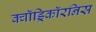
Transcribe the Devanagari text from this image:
क्वॉड्रिकॉरनिस